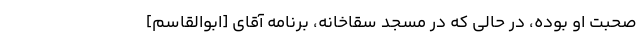
صحبت او بوده، در حالی که در مسجد سقاخانه، برنامه آقای [ابوالقاسم]